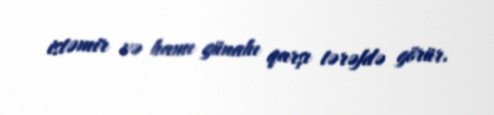
istəmir və hamı günahı qarşı tərəfdə görür.